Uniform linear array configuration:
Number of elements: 16
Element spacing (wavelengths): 0.75
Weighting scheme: cosine
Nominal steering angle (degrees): -15
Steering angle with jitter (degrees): -14.722
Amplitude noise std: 0.05
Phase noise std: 0.05

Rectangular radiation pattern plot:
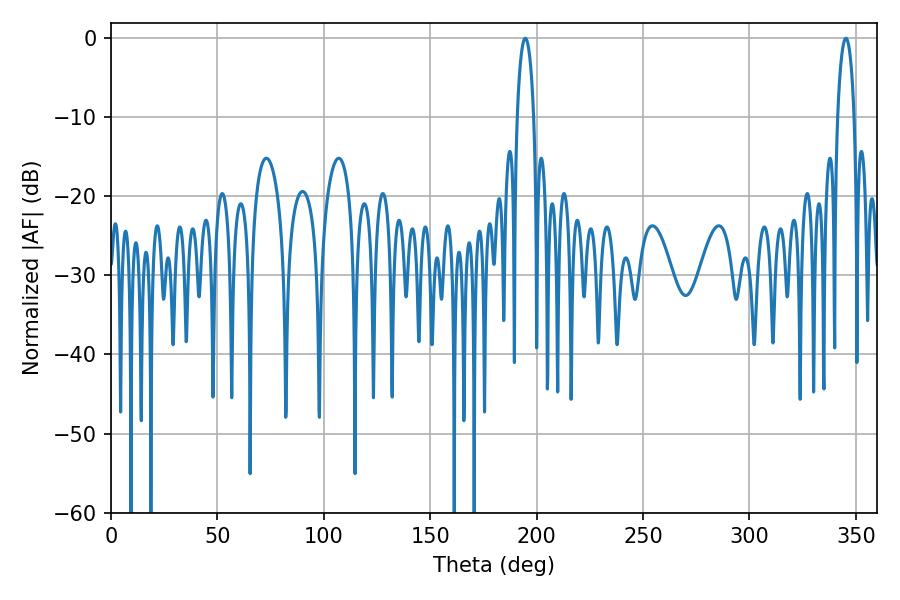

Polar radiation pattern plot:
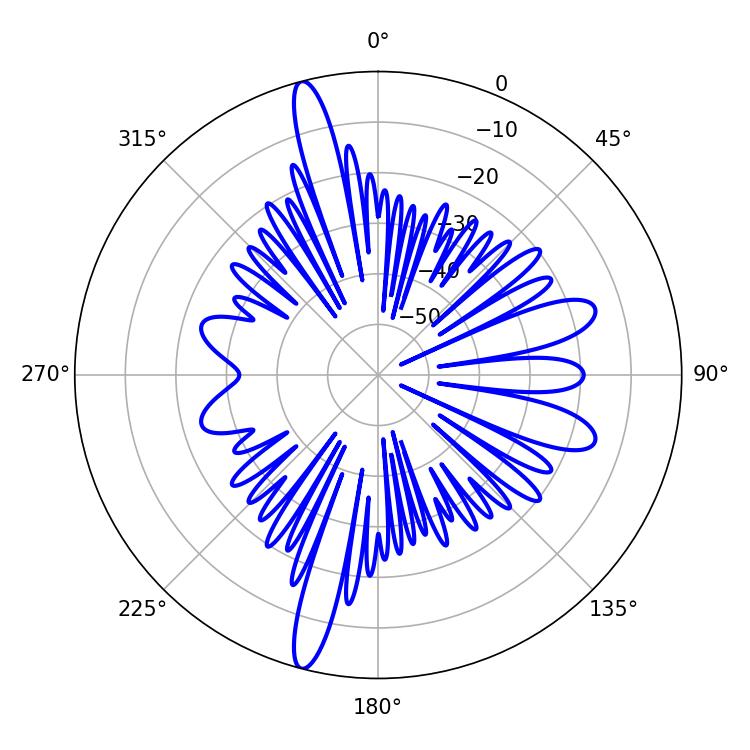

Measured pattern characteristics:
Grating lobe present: TRUE
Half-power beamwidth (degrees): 4.5
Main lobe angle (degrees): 194.76